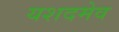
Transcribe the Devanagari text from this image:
यशदमेव